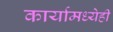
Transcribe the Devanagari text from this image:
कार्यामध्येही